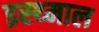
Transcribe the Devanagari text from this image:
इस्थ्माल